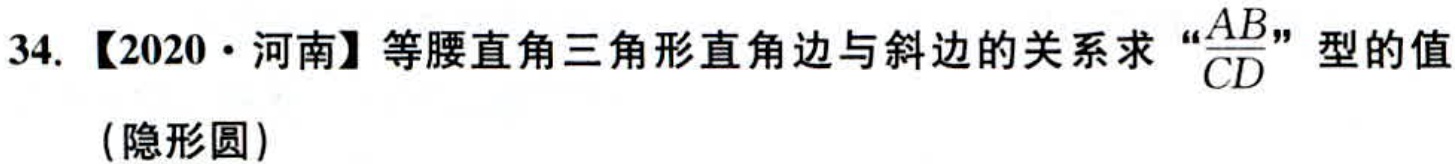
34.【2020·河南】等腰直角三角形直角边与斜边的关系求“\(\frac{AB}{CD}\)”型的值
(隐形圆)